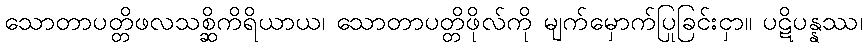
သောတာပတ္တိဖလသစ္ဆိကိရိယာယ၊ သောတာပတ္တိဖိုလ်ကို မျက်မှောက်ပြုခြင်းငှာ။ ပဋိပန္နဿ၊